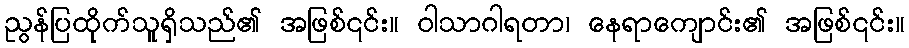
ညွန်ပြထိုက်သူရှိသည်၏ အဖြစ်၎င်း။ ဝါသာဂါရတာ၊ နေရာကျောင်း၏ အဖြစ်၎င်း။